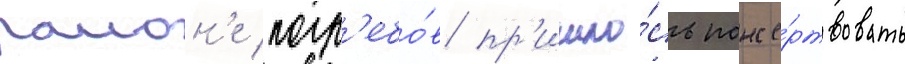
раион'е погр'ебо́в пр'ишло́сь поже́ртвовать